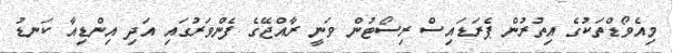
މިއެވޯޑްތަކުގެ އިތުރުން ޕެރަޑައިސް ރިސޯޓުން ވަނީ ރާއްޖޭގެ ފެންވަރުގައި އަދި އިންޑިއާ ކަނޑު